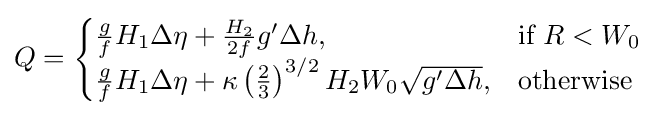
Q={\begin{cases}{\frac {g}{f}}H_{1}\Delta \eta +{\frac {H_{2}}{2f}}g'\Delta h,&{\text{if }}R<W_{0}\\{\frac {g}{f}}H_{1}\Delta \eta +\kappa \left({\frac {2}{3}}\right)^{3/2}H_{2}W_{0}{\sqrt {g'\Delta h}},&{\text{otherwise}}\end{cases}}